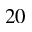
^ Ḋ 2 0 Ḍ